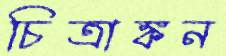
চিত্রাঙ্কন